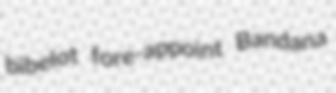
bibelot fore-appoint Bandana